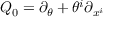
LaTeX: Q _ { 0 } = \partial _ { \theta } + \theta ^ { i } \partial _ { x ^ { i } }